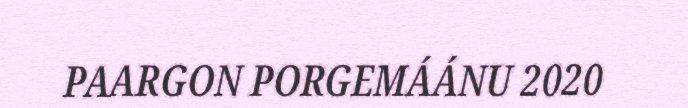
PAARGON PORGEMÁÁNU 2020